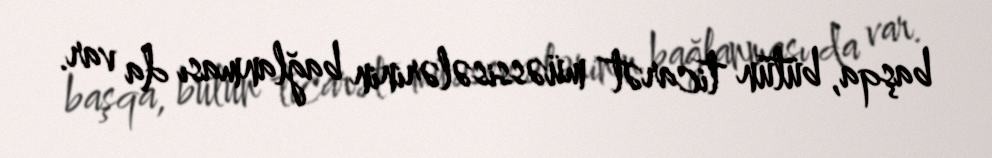
başqa, bütün ticarət müəssisələrinin bağlanması da var.